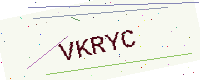
Text: VKRYC